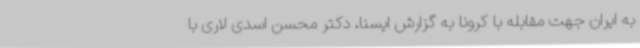
به ایران جهت مقابله با کرونا به گزارش ایسنا، دکتر محسن اسدی لاری با